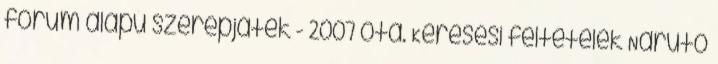
fórum alapú szerepjáték - 2007 óta. Keresési feltételek Naruto